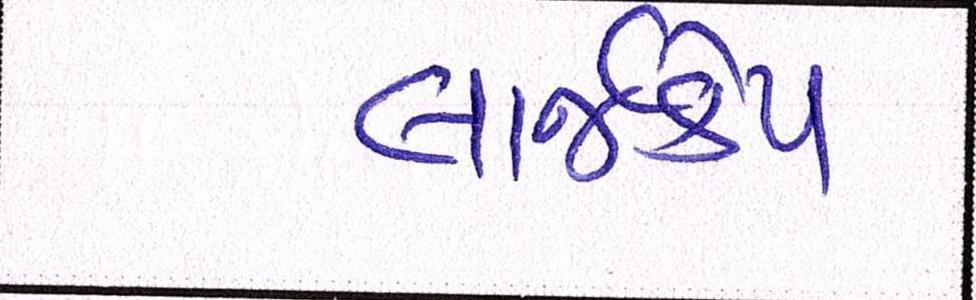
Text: લાર્જકેપ